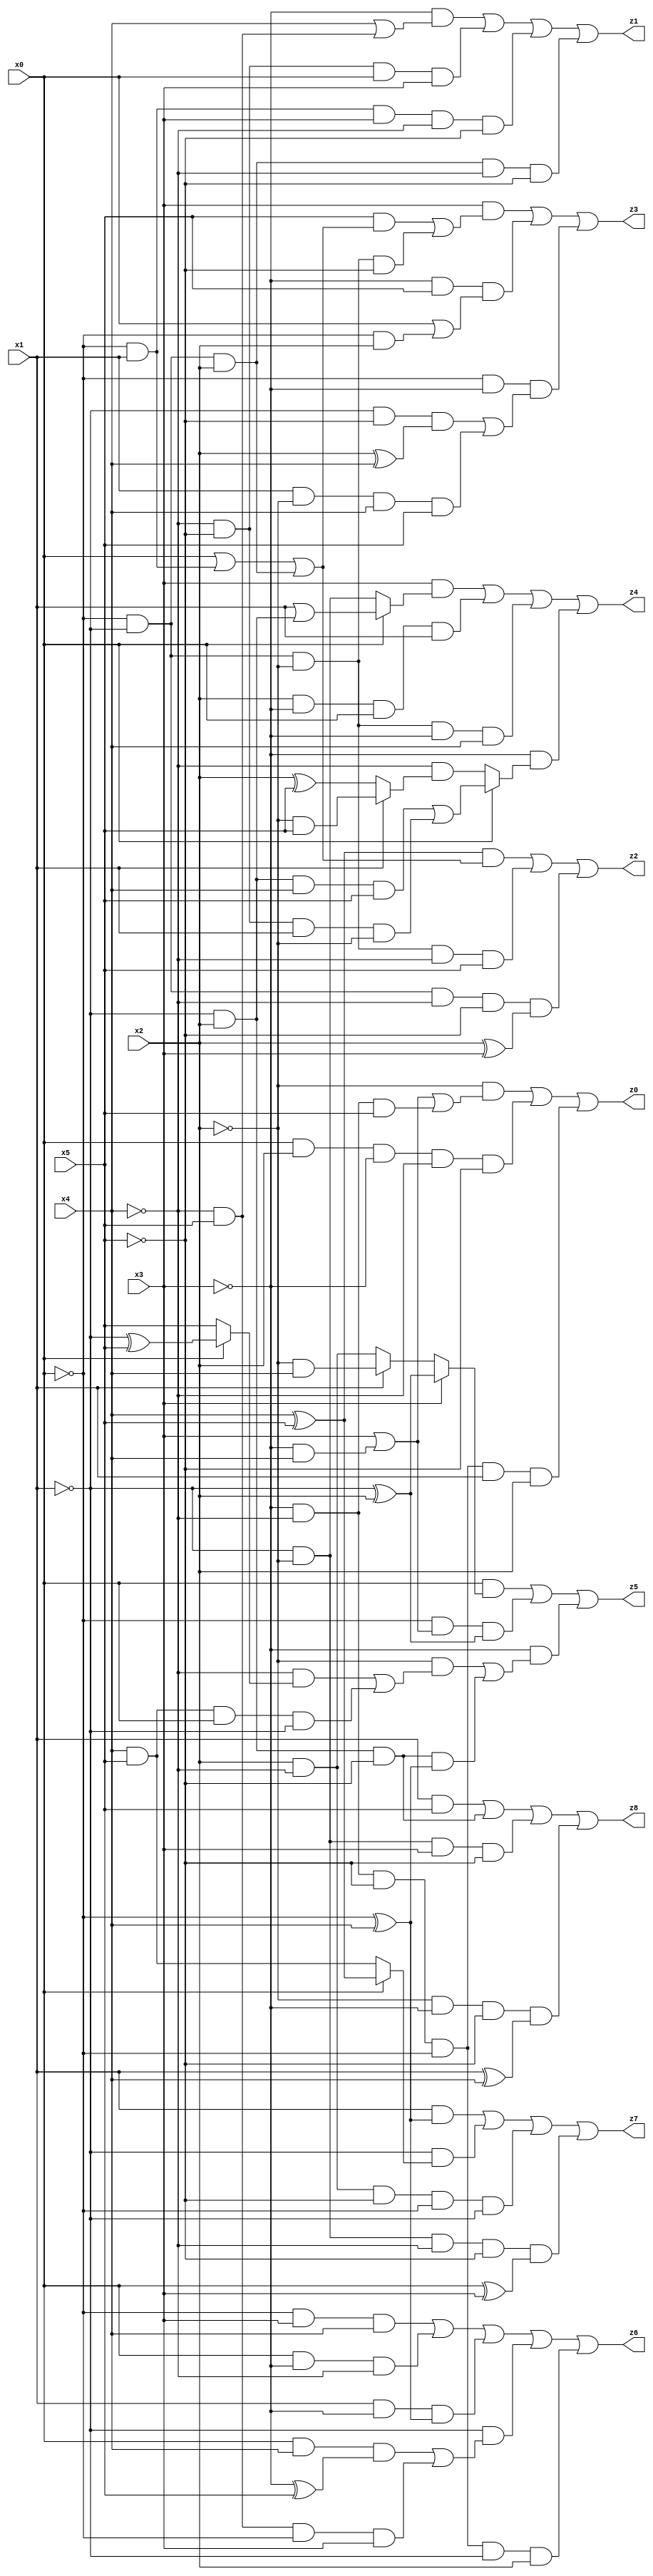
// Benchmark "X_82" written by ABC on Mon Jun 05 23:06:07 2023

module X_82 ( 
    x0, x1, x2, x3, x4, x5,
    z0, z1, z2, z3, z4, z5, z6, z7, z8  );
  input  x0, x1, x2, x3, x4, x5;
  output z0, z1, z2, z3, z4, z5, z6, z7, z8;
  assign z0 = (~x2 & (x3 | (~x3 & x4) | (~x3 & ~x4 & x5))) | (x0 & x2 & ~x3 & ~x4 & ~x5) | (~x3 & ~x4 & ~x5 & ~x0 & x1 & x2);
  assign z1 = (~x3 & (x4 | (~x4 & x5))) | (~x4 & ~x5 & x0 & x3) | (~x0 & x1 & x3 & ~x4 & ~x5) | (~x0 & ~x1 & x2 & ~x4 & ~x5);
  assign z2 = ((x4 ^ x5) & (x0 | (~x0 & x1) | (~x0 & ~x1 & x2))) | (~x0 & ~x1 & ~x2 & ~x4 & x5) | (~x0 & ~x1 & ~x4 & ~x5 & (x2 ^ x3));
  assign z3 = (x3 & ((x5 & (x0 | (~x0 & x1) | (~x0 & ~x1 & x2))) | (~x0 & ~x1 & ~x2 & ~x5))) | (~x3 & x5 & (x0 | (~x0 & x2))) | (~x0 & ~x3 & ((~x1 & ~x5 & (x2 ^ x4)) | (x1 & ~x2 & x4 & x5)));
  assign z4 = (x3 & (x0 ? (x1 | (~x1 & x2)) : (~x1 & ~x2))) | (x2 & ~x3 & x0 & x1) | (~x0 & ~x1 & ~x2 & ~x3 & x4) | (~x3 & (x0 ? ((~x1 & x2 & x4 & x5) | (~x4 & ~x5 & x1 & ~x2)) : (~x4 & (x1 ? (~x2 & x5) : (x2 ^ x5)))));
  assign z5 = (x0 & (x3 ? (~x1 ^ x2) : (x1 ? (~x2 & x4) : (x2 & ~x4)))) | (~x0 & (x3 | (~x3 & x4)) & (~x1 ^ x2)) | (~x3 & ((~x2 & ((~x4 & (x0 ? (~x1 ^ x5) : x5)) | (x4 & x5 & x0 & ~x1))) | (~x1 & x2 & ~x5 & (~x0 ^ x4))));
  assign z6 = (~x0 & x3 & x4) | (x0 & ~x3 & ~x4) | (x1 & ~x3 & (~x0 ^ x4)) | (~x1 & ((x0 & x4 & (~x3 ^ x5)) | (~x4 & x5 & ~x0 & x3))) | (~x3 & ~x4 & ~x5 & ~x0 & ~x1 & x2);
  assign z7 = (x1 & (~x0 ^ x4)) | (~x1 & (x0 ? (x4 ^ x5) : (x4 & x5))) | (x2 & ~x4 & ~x5 & ~x0 & ~x1) | (~x1 & ~x2 & ~x4 & ~x5 & (x0 ^ x3));
  assign z8 = (x1 & x5) | (~x1 & x2 & ~x5) | (~x1 & ~x2 & x3 & ~x5) | (~x2 & ~x3 & ~x5 & (x1 ^ x4));
endmodule